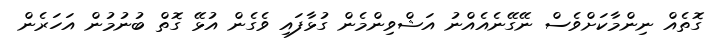
ގޮތެއް ނިންމާކަށްވެސް ނޭގޭނެއެއްނު އަޝްވިންމެން ގުޅާފައި ވެގެން އުޅޭ ގޮތް ބުނުމުން އަހަރެން